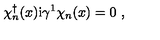
\chi _ { n } ^ { \dagger } ( x ) \mathrm { i } \gamma ^ { 1 } \chi _ { n } ( x ) = 0 \ ,